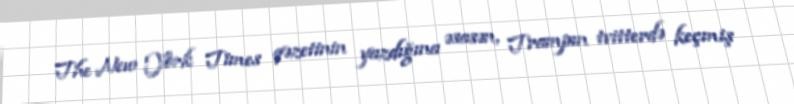
The New York Times qəzetinin yazdığına əsasən, Trampın tvitterdə keçmiş